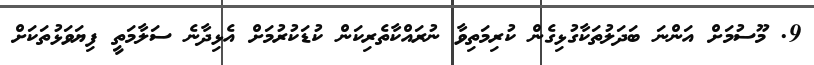
9. މޫސުމަށް އަންނަ ބަދަލުތަކާގުޅިގެން ކުރިމަތިވާ ނުރައްކާތެރިކަން ކުޑަކުރުމަށް އެޅިދާނެ ސަލާމަތީ ފިޔަވަޅުތަކަށް